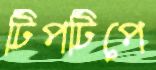
টিপটিপে